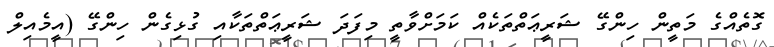
ގޮތެއްގެ މަތީން ހިންގޭ ޝަރީޢަތްތަކެއް ކަމަށްވާތީ މިފަދަ ޝަރީޢަތްތަކާއި ގުޅިގެން ހިންގޭ (އީމެއިލް